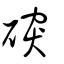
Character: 䃐